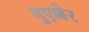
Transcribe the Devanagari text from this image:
मुएल्लेर